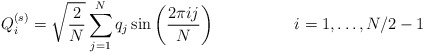
\begin{align*}Q_i^{(s)} = \sqrt{\frac{2}{N}} \sum_{j=1}^N q_j \sin \left( \frac{2 \pi i j}{N} \right) \hspace{2cm} i=1,\ldots,N/2-1\end{align*}